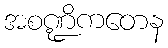
အစဏ္ဍိကတေန